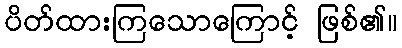
ပိတ်ထားကြသောကြောင့် ဖြစ်၏။